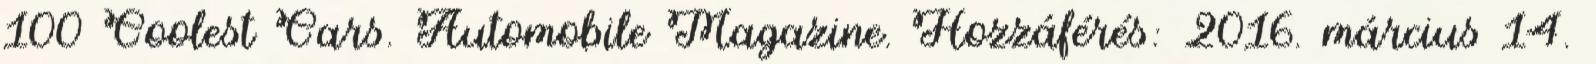
100 Coolest Cars. Automobile Magazine. Hozzáférés: 2016. március 14.